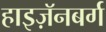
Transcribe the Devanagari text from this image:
हाइज़ॅनबर्ग